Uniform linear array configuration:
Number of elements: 8
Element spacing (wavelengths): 1
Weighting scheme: blackman
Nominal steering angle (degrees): -15
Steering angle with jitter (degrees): -14.866
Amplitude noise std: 0.05
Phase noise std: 0.05

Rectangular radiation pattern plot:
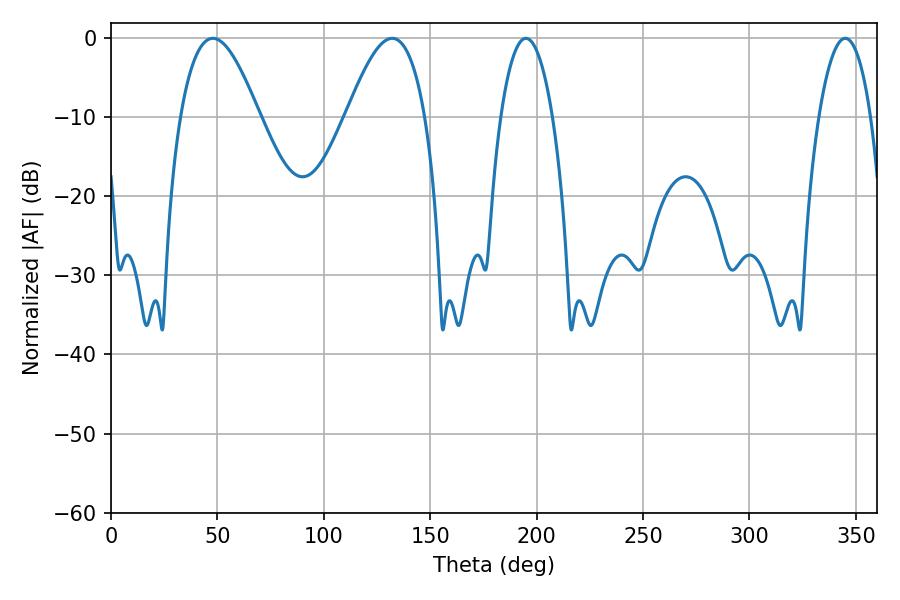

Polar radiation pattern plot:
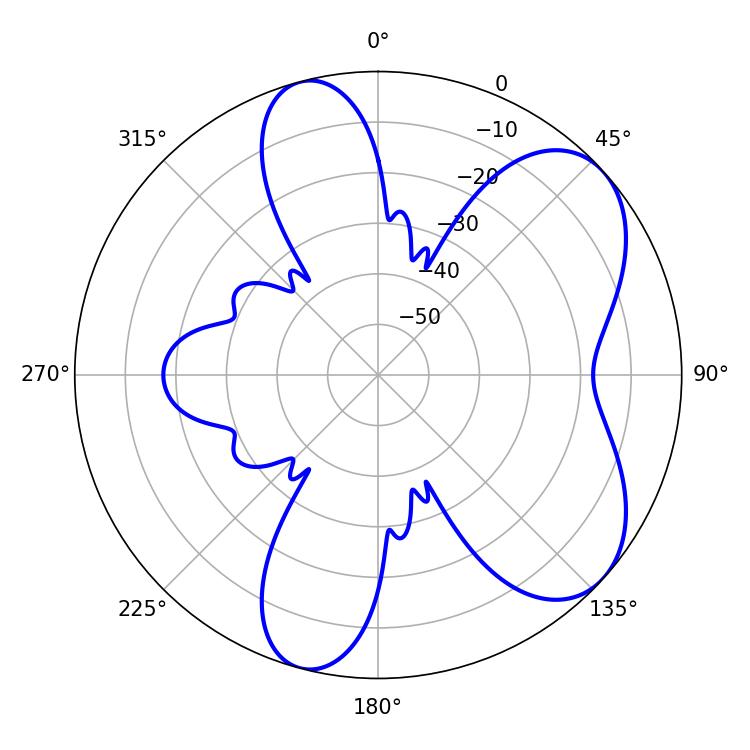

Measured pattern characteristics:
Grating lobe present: TRUE
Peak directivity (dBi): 6.49
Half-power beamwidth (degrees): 19.98
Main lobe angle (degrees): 47.88